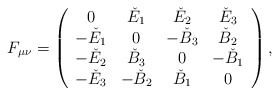
\begin{align*}F_{\mu\nu} = \left( \begin{array}{cccc} 0 & \check{E}_1 & \check{E}_2 & \check{E}_3 \\-\check{E}_1 & 0 & -\check{B}_3 & \check{B}_2 \\-\check{E}_2 & \check{B}_3 & 0 & -\check{B}_1 \\-\check{E}_3 & -\check{B}_2 & \check{B}_1 & 0 \\\end{array} \right) ,\end{align*}